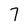
Character: 7